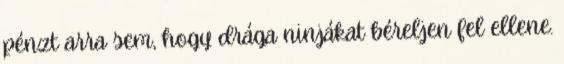
pénzt arra sem, hogy drága ninjákat béreljen fel ellene.